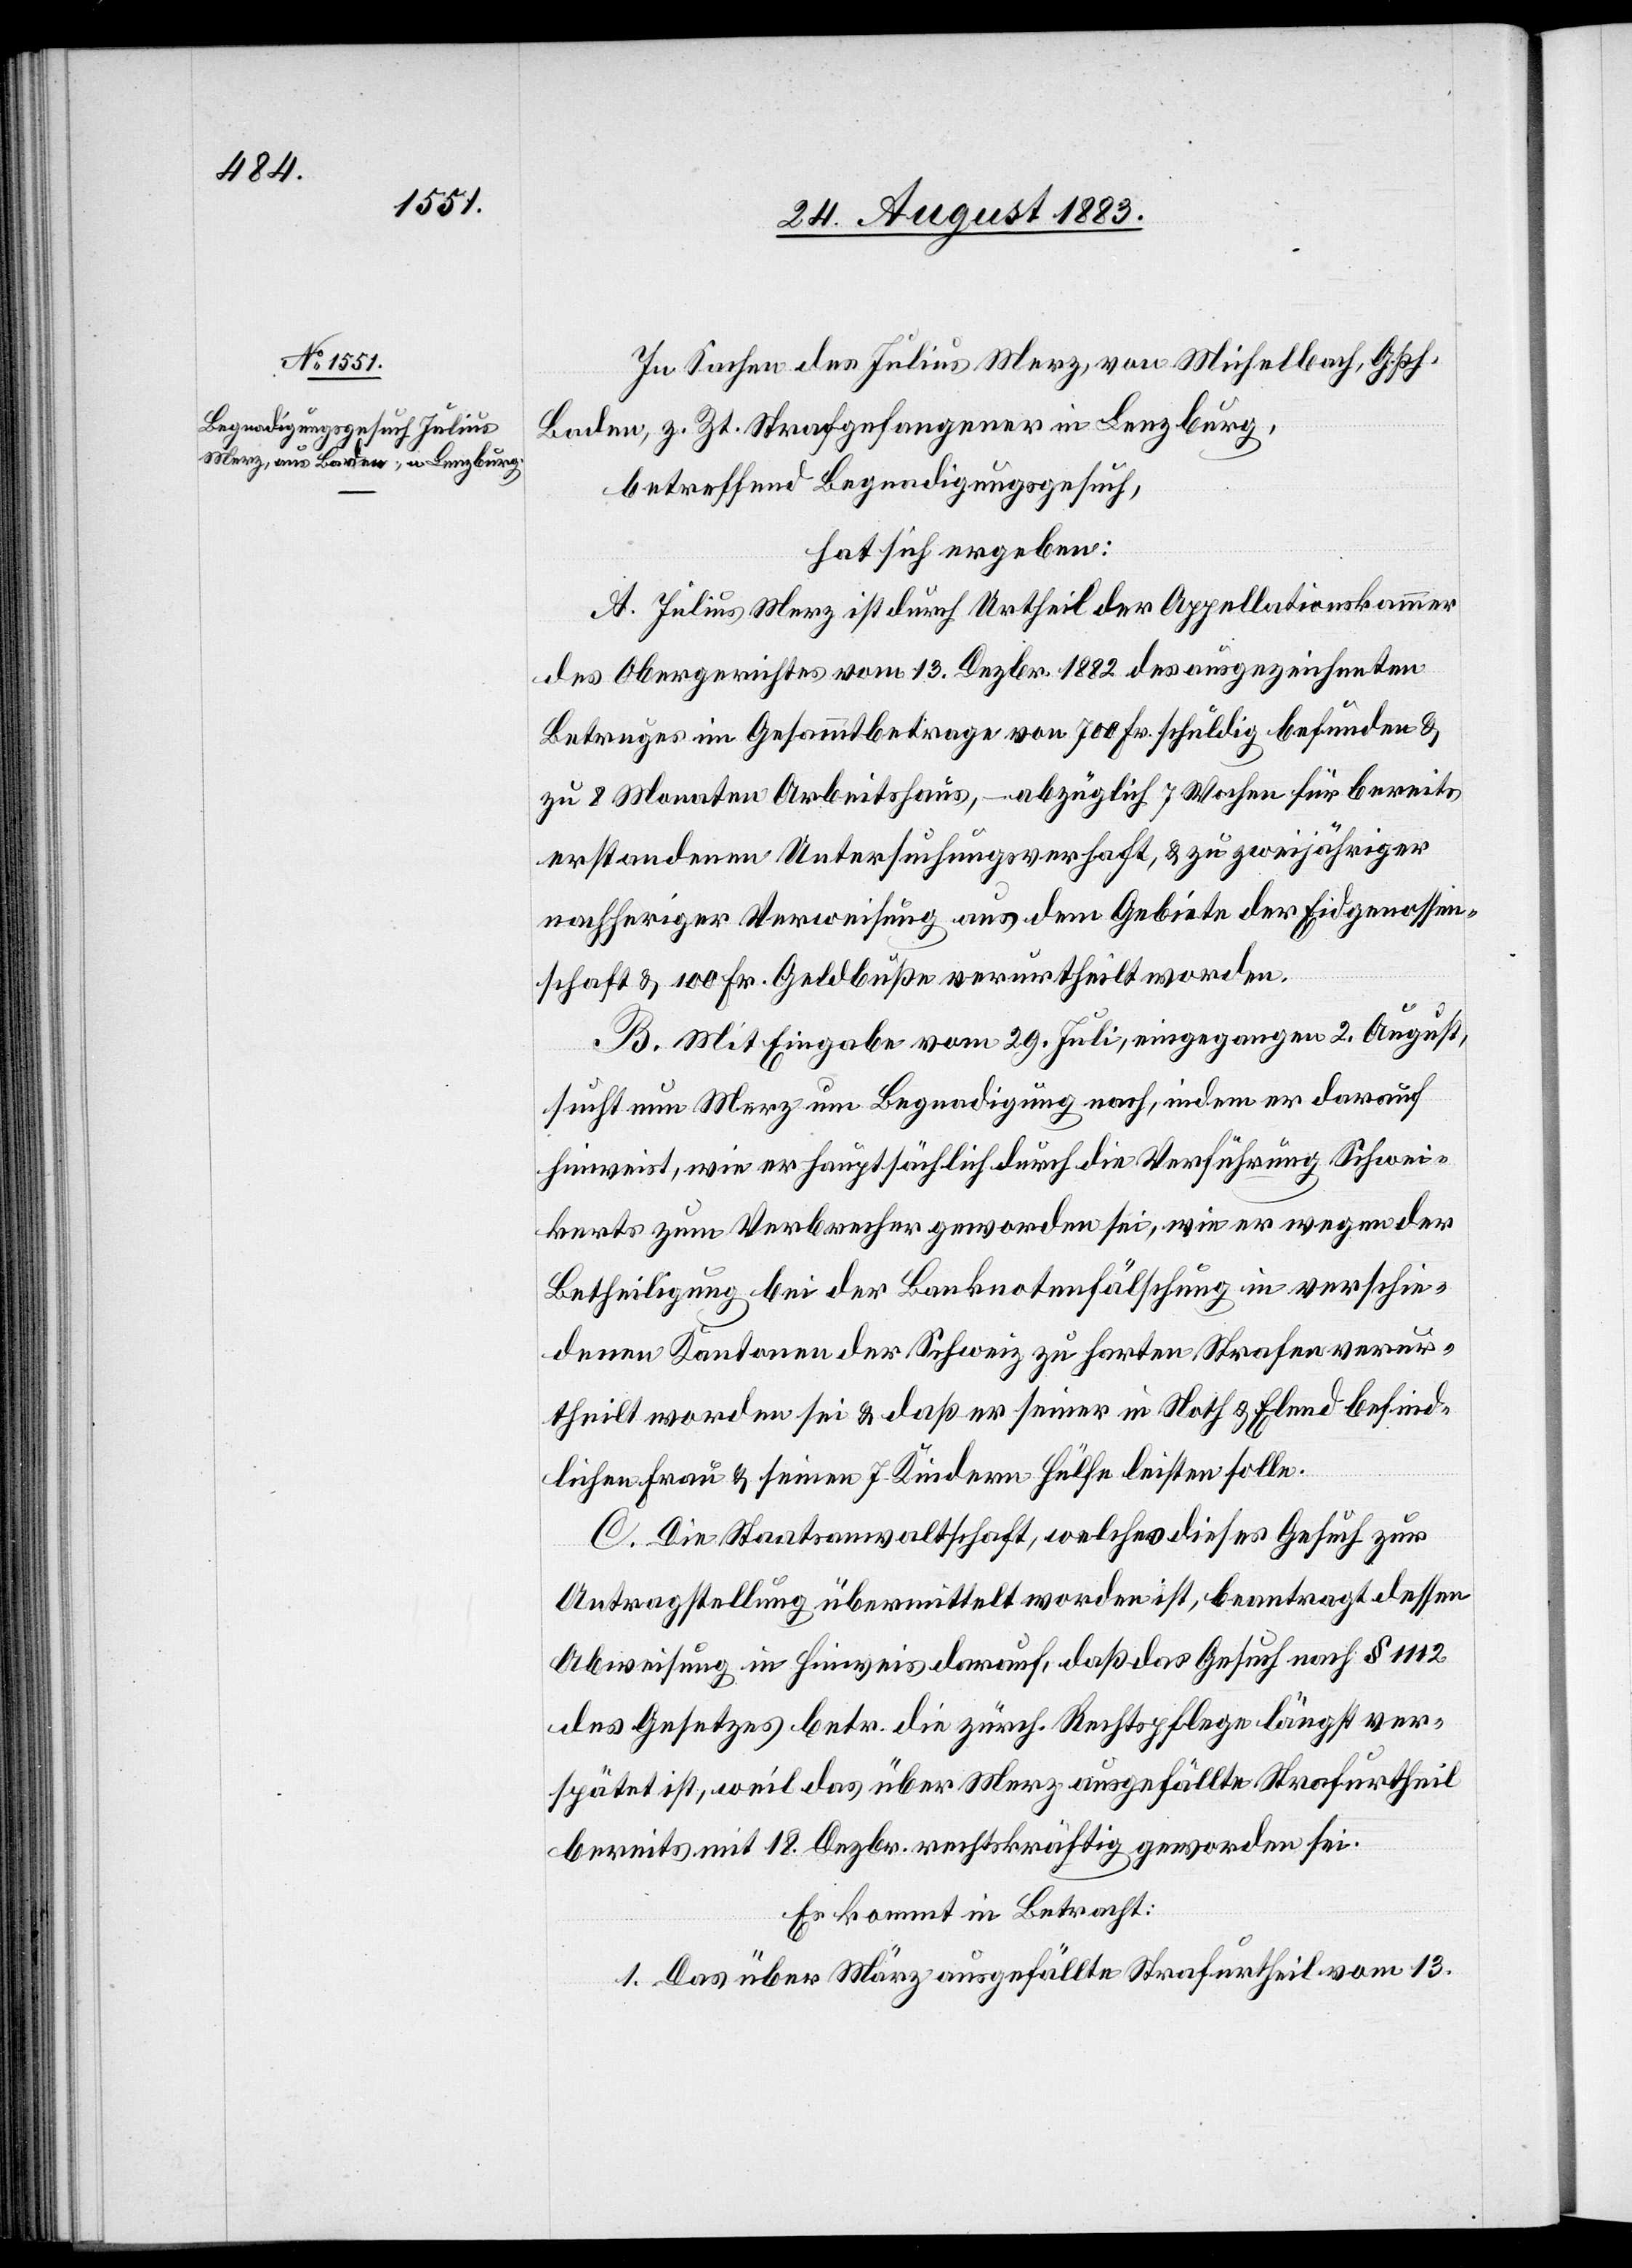
In Sachen des Julius Merz, von Michelsbach, Gßh.
betreffend Begnadigungsgesuch,
hat sich ergeben:
A. Julius Merz ist durch Urtheil der Appellationskammer
des Obergerichtes vom 13. Dezbr. 1882 des ausgezeichneten
Betruges im Gesammtbetrage von 700 Fr. schuldig befunden &
zu 8 Monaten Arbeitshaus, – abzüglich 7 Wochen für bereits
erstandenen Untersuchungsverhaft, & zu zweijähriger
nachheriger Verweisung aus dem Gebiete der Eidgenossen¬
schaft & 100 Fr. Geldbuße verurtheilt worden.
B. Mit Eingabe vom 29. Juli, eingegangen 2. August,
sucht nun Merz um Begnadigung nach, indem er darauf
hinweist, wie er hauptsächlich durch die Verführung Schwe¬
kerts zum Verbrecher geworden sei, wie er wegen der
Betheiligung bei der Banknotenfälschung in verschie¬
denen Kantonen der Schweiz zu harten Strafen verur¬
theilt worden sei & daß er seiner in Noth & Elend befind¬
lichen Frau & seinen 7 Kindern hülfe leisten solle.
C. Die Staatsanwaltschaft, welcher dieses Gesuch zur
Antragstellung übermittelt worden ist, beantragt dessen
Abweisung in Hinweis darauf, daß das Gesuch nach § 1112
des Gesetzes betr. die zürch. Rechtspflege längst ver¬
spätet ist, weil das über Merz ausgefällte Strafurtheil
bereits mit 18. Dezbr. rechtskräftig geworden sei.
Es kommt in Betracht:
1. Das über Merz ausgefällte Strafurtheil vom 13.